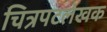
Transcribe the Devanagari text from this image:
चित्रपटलेखक